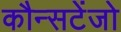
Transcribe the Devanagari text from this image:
कौन्सटेंजो